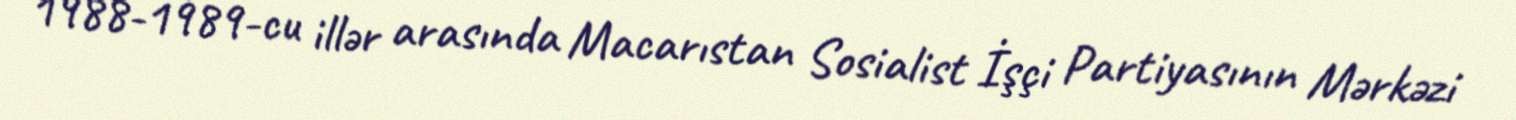
1988-1989-cu illər arasında Macarıstan Sosialist İşçi Partiyasının Mərkəzi